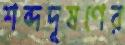
শব্দদূষণের